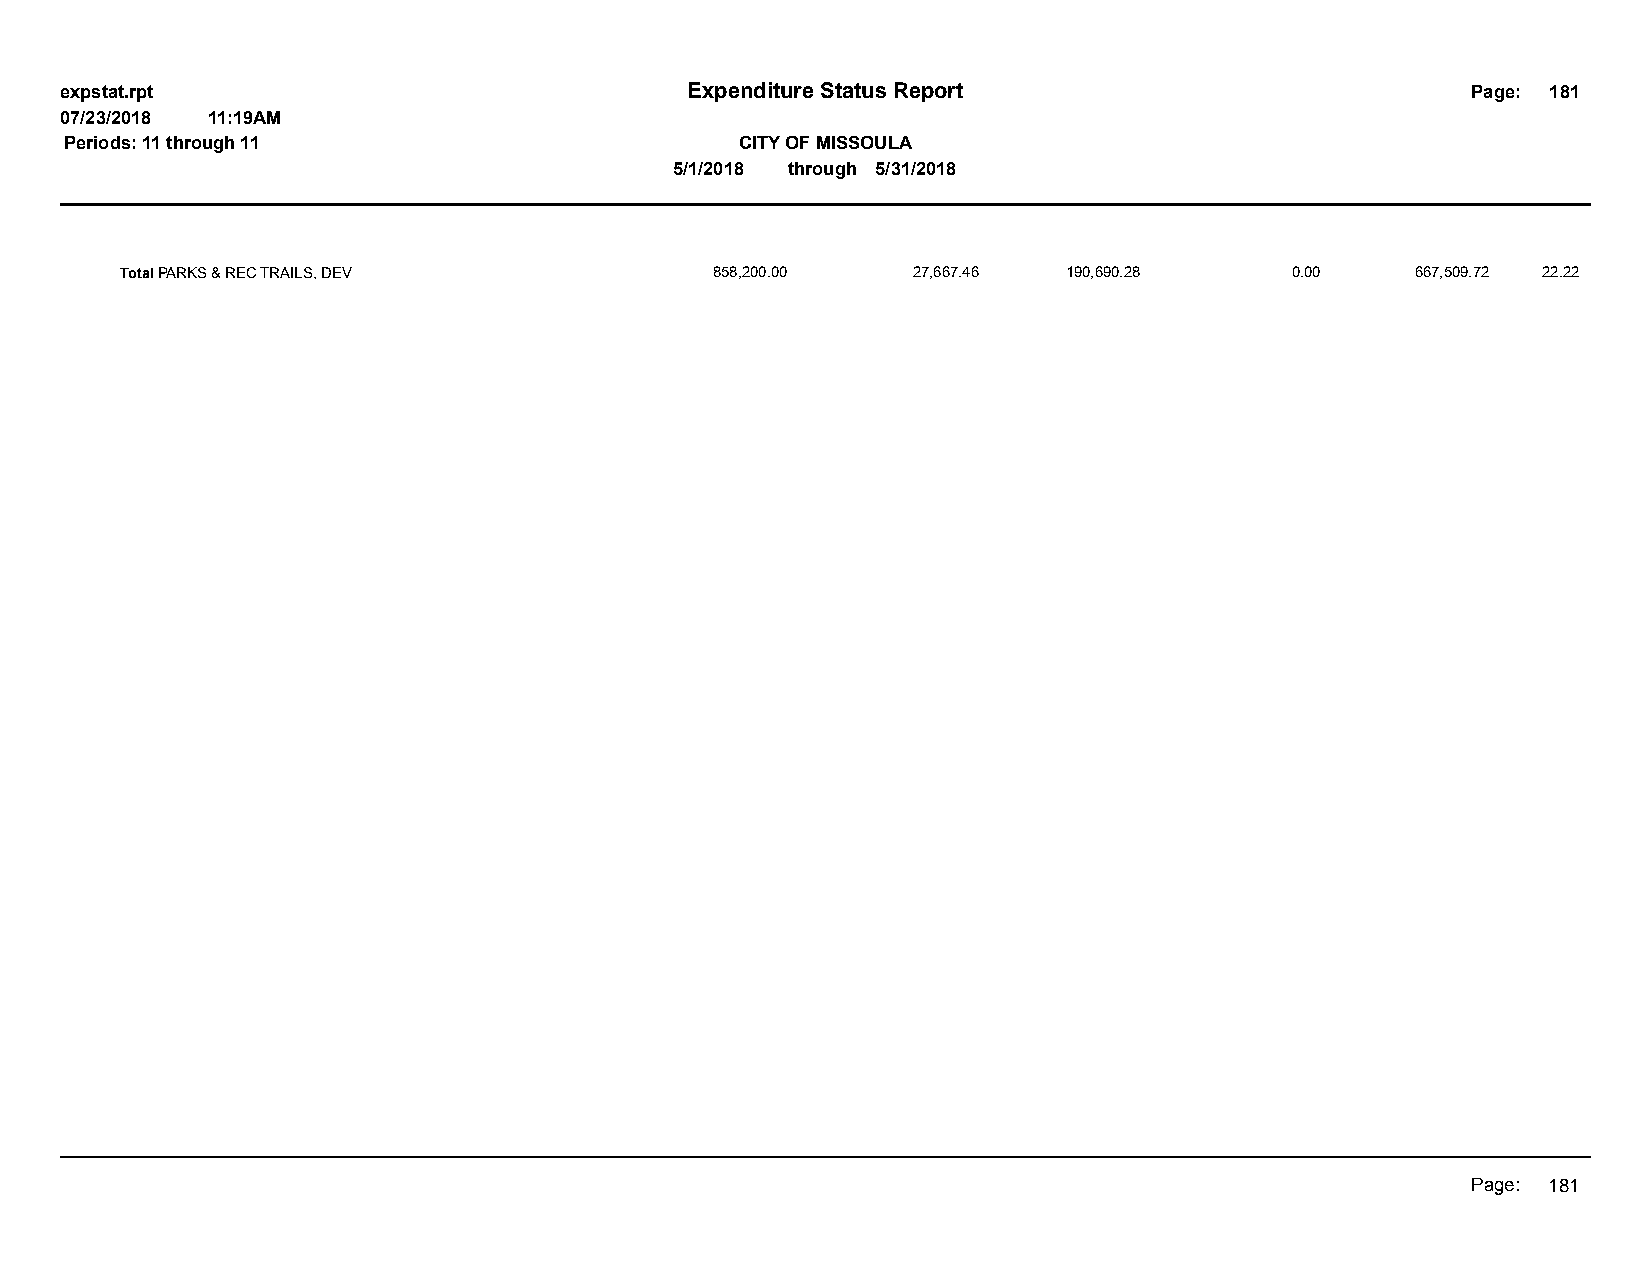
expstat.rpt                              Expenditure Status Report                           Page: 181
 07/23/2018 11:19AM
 Periods: 11 through 11                       CITY OF MISSOULA
 5/1/2018 through 5/31/2018
 Total PARKS & REC TRAILS, DEV          858,200.00   27,667.46  190,690.28    0.00     667,509.72 22.22
 Page: 181